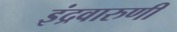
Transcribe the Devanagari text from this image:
इंद्रवारुणी